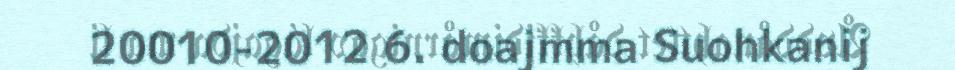
20010-2012 6. doajmma Suohkanij